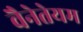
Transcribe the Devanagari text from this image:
वैनेतेयम